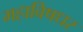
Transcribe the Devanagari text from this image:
महाविषधर